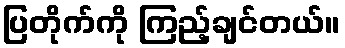
ပြတိုက်ကို ကြည့်ချင်တယ်။